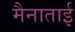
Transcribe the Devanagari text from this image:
मैनाताई